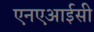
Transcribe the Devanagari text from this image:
एनएआईसी